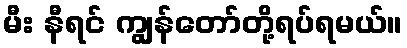
မီး နီရင် ကျွန်တော်တို့ရပ်ရမယ်။